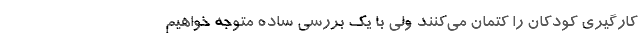
کارگیری کودکان را کتمان می‌کنند ولی با یک بررسی ساده متوجه خواهیم